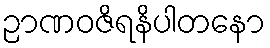
ဉာဏဝဇိရနိပါတနော